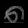
Digit: ၈